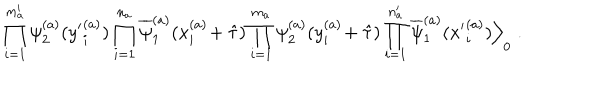
LaTeX: \prod _ { i = 1 } ^ { m _ { a } ^ { \prime } } \psi _ { 2 } ^ { ( a ) } ( { y ^ { \prime } } _ { i } ^ { ( a ) } ) \prod _ { i = 1 } ^ { n _ { a } } \overline { { { \psi } } } _ { 1 } ^ { ( a ) } ( x _ { i } ^ { ( a ) } \! + \hat { \tau } ) \prod _ { i = 1 } ^ { m _ { a } } \psi _ { 2 } ^ { ( a ) } ( y _ { i } ^ { ( a ) } \! + \hat { \tau } ) \prod _ { i = 1 } ^ { n _ { a } ^ { \prime } } \overline { { { \psi } } } _ { 1 } ^ { ( a ) } ( { x ^ { \prime } } _ { i } ^ { ( a ) } ) \Big \rangle _ { 0 } \; .